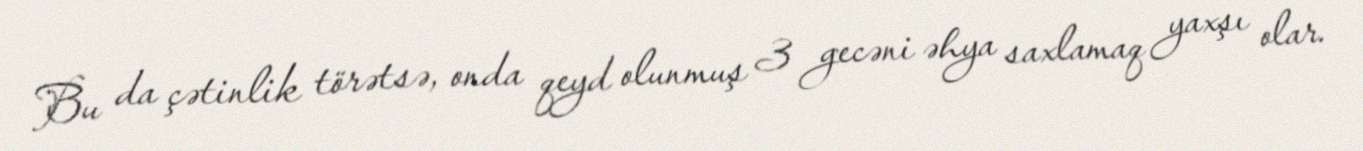
Bu da çətinlik törətsə, onda qeyd olunmuş 3 gecəni əhya saxlamaq yaxşı olar.